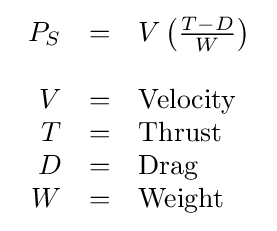
{\begin{array}{rcl}P_{S}&=&V\left({\frac {T-D}{W}}\right)\\\\V&=&{\text{Velocity }}\\T&=&{\text{Thrust}}\\D&=&{\text{Drag}}\\W&=&{\text{Weight}}\end{array}}